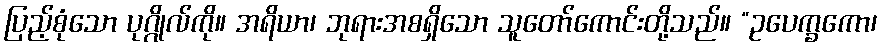
ပြည့်စုံသော ပုဂ္ဂိုလ်ကို။ အရိယာ၊ ဘုရားအစရှိသော သူတော်ကောင်းတို့သည်။ “ဥပေက္ခကော၊